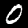
Label: 0